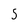
Character: 5